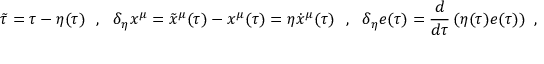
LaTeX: \tilde { \tau } = \tau - \eta ( \tau ) \ \ , \ \ \delta _ { \eta } x ^ { \mu } = \tilde { x } ^ { \mu } ( \tau ) - x ^ { \mu } ( \tau ) = \eta \dot { x } ^ { \mu } ( \tau ) \ \ , \ \ \delta _ { \eta } e ( \tau ) = \frac { d } { d \tau } \left( \eta ( \tau ) e ( \tau ) \right) \ ,